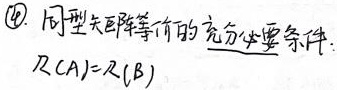
\textcircled{4} 同型矩阵等价的充分必要条件：\(R(A)=R(B)\)